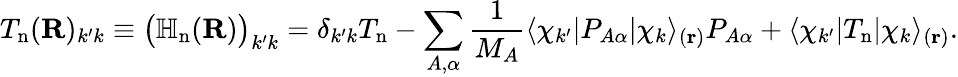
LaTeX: T_{\mathrm{n}}(\mathbf{R})_{k^{\prime}k}\equiv{\big(}\mathbb{H}_{\mathrm{n}}(\mathbf{R}){\big)}_{k^{\prime}k}=\delta_{k^{\prime}k}T_{\mathrm{n}}-\sum_{A,\alpha}{\frac{1}{M_{A}}}\langle\chi_{k^{\prime}}|P_{A\alpha}|\chi_{k}\rangle_{(\mathbf{r})}P_{A\alpha}+\langle\chi_{k^{\prime}}|T_{\mathrm{n}}|\chi_{k}\rangle_{(\mathbf{r})}.